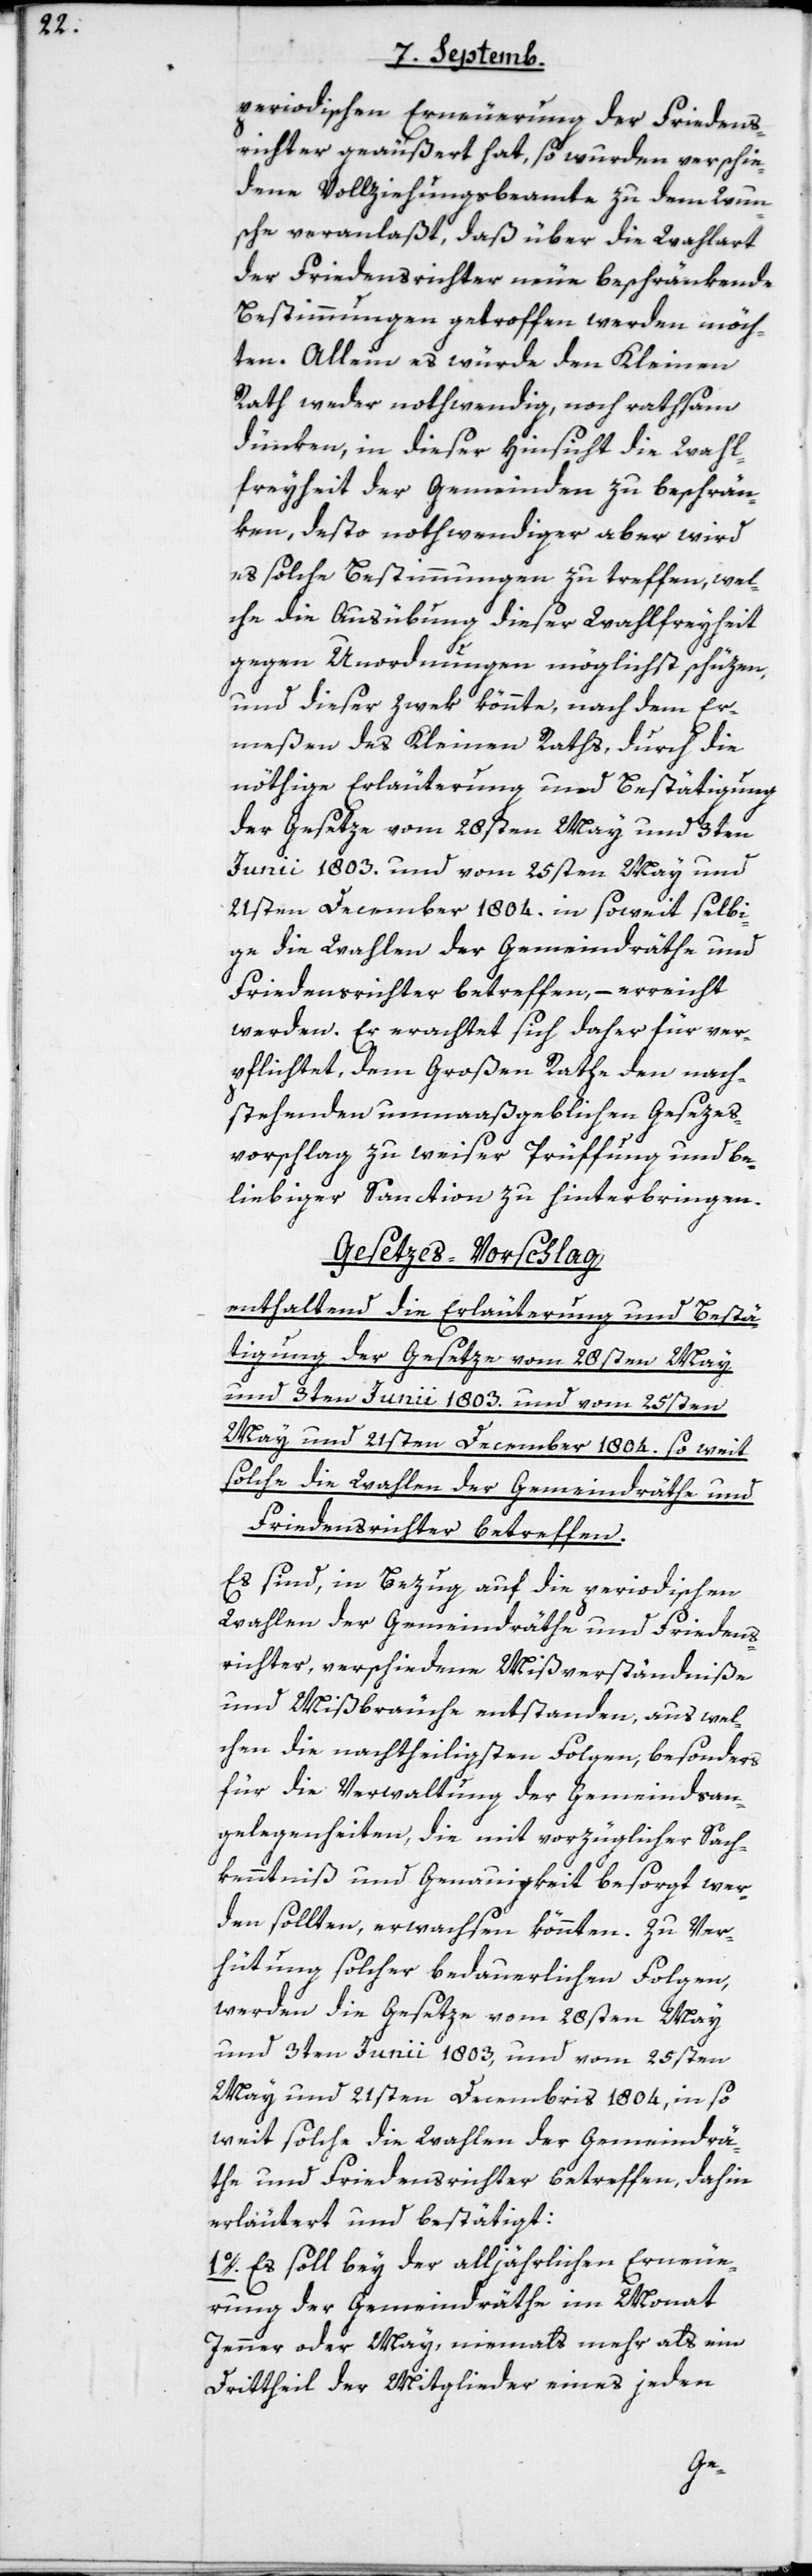
periodischen Erneuerung der Friedens¬
richter geäußert hat, so wurden verschie¬
dene Vollziehungsbeamte zu dem Wun¬
sche veranlaßt, daß über die Wahlart
der Friedensrichter neue beschränkende
Bestimmungen getroffen werden möch¬
ten. Allein es würde den Kleinen
Rath weder nothwendig noch rathsam
dünken, in dieser Hinsicht die Wahl¬
freyheit der Gemeinden zu beschrän¬
ken, desto nothwendiger aber wird
es solche Bestimmungen zu treffen, wel¬
che die Ausübung dieser Wahlfreyheit
gegen Unordnungen möglichst schüzen,
und dieser Zwek könnte, nach dem Er¬
meßen des Kleinen Raths, durch die
nöthige Erläuterung und Bestätigung
der Gesetze vom 28sten May und 3ten
Junii 1803. und vom 25sten May und
21sten December 1804. in soweit selbi¬
ge die Wahlen der Gemeindräthe und
Friedensrichter betreffen, – erreicht
werden. Er erachtet sich daher für ver¬
pflichtet, dem Großen Rathe den nach¬
stehenden unmaaßgeblichen Gesezes¬
vorschlag zu weiser Prüffung und be¬
liebiger Sanction zu hinterbringen.
Gesetzes-Vorschlag
enthaltend die Erläuterung und Bestä¬
tigung der Gesetze vom 28sten May
und 3ten Junii 1803. und vom 25sten
May und 21sten December 1804. so weit
solche die Wahlen der Gemeindräthe und
Friedensrichter betreffen.
Es sind, in Bezug auf die periodischen
Wahlen der Gemeindräthe und Friedens¬
richter, verschiedene Mißverständniße
und Mißbräuche entstanden, aus wel¬
chen die nachtheiligsten Folgen, besonders
für die Verwaltung der Gemeindsan¬
gelegenheiten, die mit vorzüglicher Sach¬
kenntniß und Genauigkeit besorgt wer¬
den sollten, erwachsen könnten. Zu Ver¬
hütung solcher bedauerlichen Folgen,
werden die Gesetze vom 28sten May
und 3ten Junii 1803, und vom 25sten
May und 21sten Decembris 1804, in so¬
weit solche die Wahlen der Gemeindrä¬
the und Friedensrichter betreffen, dahin
erläutert und bestätigt:
1o. Es soll bey der alljährlichen Erneue¬
rung der Gemeindräthe im Monat
Jenner oder May, niemals mehr als ein
Drittheil der Mitglieder eines jeden